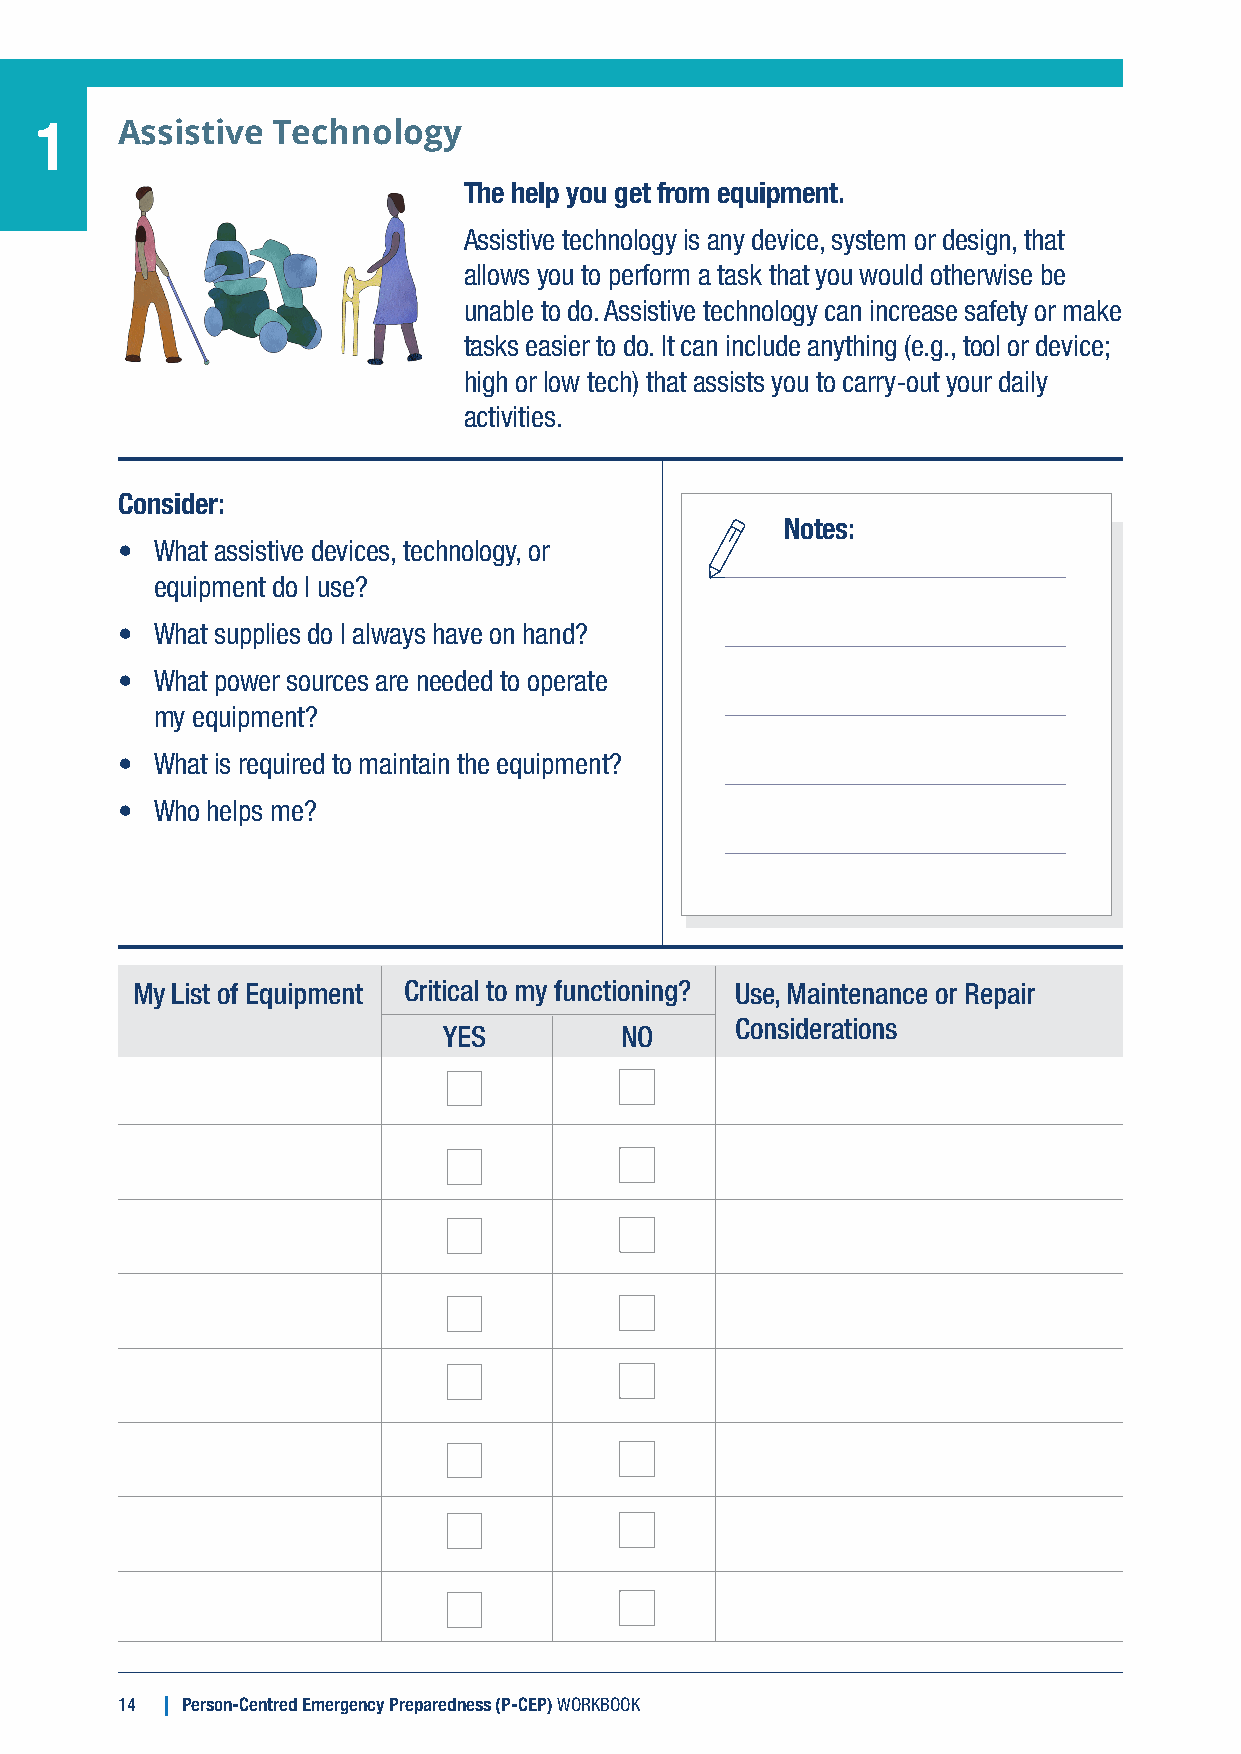
1     Assistive Technology
 The help you get from equipment.
 Assistive technology is any device, system or design, that
 allows you to perform a task that you would otherwise be
 unable to do. Assistive technology can increase safety or make
 tasks easier to do. It can include anything (e.g., tool or device;
 high or low tech) that assists you to carry-out your daily
 activities.
 Consider:
 Notes:
 • What assistive devices, technology, or
 equipment do I use?
 • What supplies do I always have on hand?
 • What power sources are needed to operate
 my equipment?
 • What is required to maintain the equipment?
 • Who helps me?
 My List of Equipment Critical to my functioning? Use, Maintenance or Repair
 Considerations
 YES         NO
 14  Person-Centred Emergency Preparedness (P-CEP) WORKBOOK